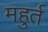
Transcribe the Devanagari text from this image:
महुर्त